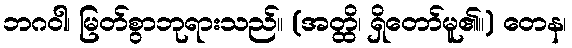
ဘဂဝါ၊ မြတ်စွာဘုရားသည်။ (အတ္ထိ၊ ရှိတော်မူ၏။) တေန၊